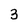
Character: 3